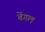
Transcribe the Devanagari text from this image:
बेंगल